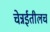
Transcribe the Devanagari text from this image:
चेन्नईतीलच